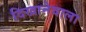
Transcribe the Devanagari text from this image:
दिखानेवाला